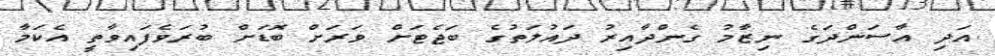
އަދި އާސަންދަގެ ނިޒާމު ގެންދާއިރު ދައުލަތުގެ ބަޖެޓަށް ވަރަށް ބޮޑަށް ބުރަވެފައިވާތީ އެކަމާ